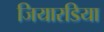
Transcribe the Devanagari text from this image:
जियारडिया